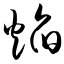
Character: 焰